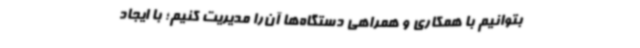
بتوانیم با همکاری و همراهی دستگاه‌ها آن‌را مدیریت کنیم؛ با ایجاد